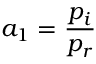
a _ { 1 } = \frac { p _ { i } } { p _ { r } }